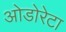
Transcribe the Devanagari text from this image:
ओडोरेटा